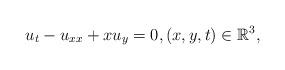
LaTeX: \begin{align*}u_t - u_{xx} + x u_y = 0, (x,y,t) \in \mathbb{R}^3,\end{align*}